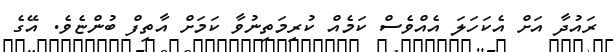
ރައުދާ އަށް އެކަހަލަ އެއްވެސް ކަމެއް ކުރިމަތިނުވާ ކަމަށް އާތިފް ބުންޏެވެ. އޭގެ